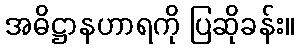
အဓိဋ္ဌာနဟာရကို ပြဆိုခန်း။